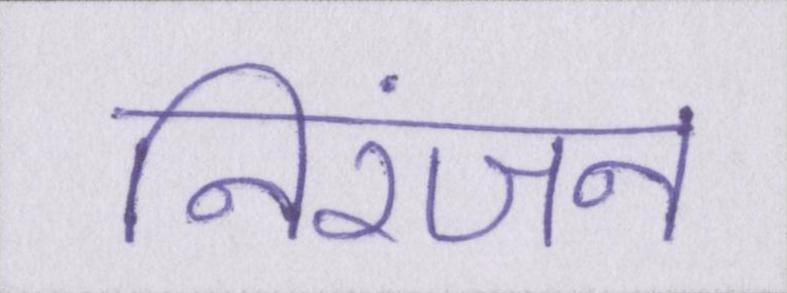
निरंजन